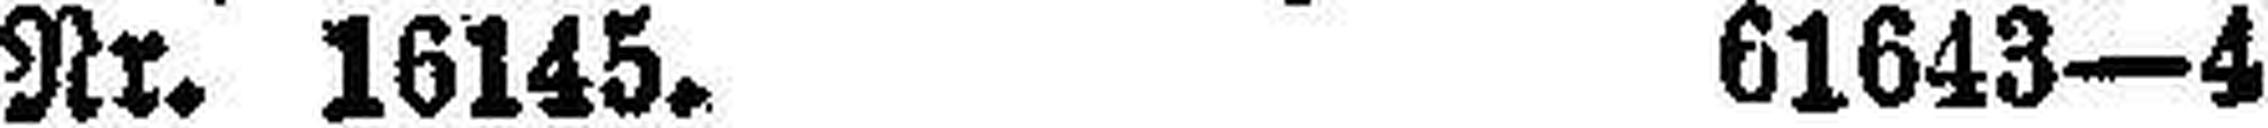
Nr. 16145. 61643—4